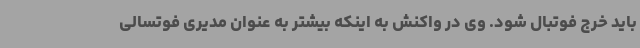
باید خرج فوتبال شود. وی در واکنش به اینکه بیشتر به عنوان مدیری فوتسالی